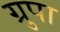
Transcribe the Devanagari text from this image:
ग्रुपा